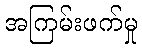
အကြမ်းဖက်မှု